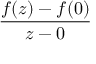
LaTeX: \frac { f ( z ) - f ( 0 ) } { z - 0 }